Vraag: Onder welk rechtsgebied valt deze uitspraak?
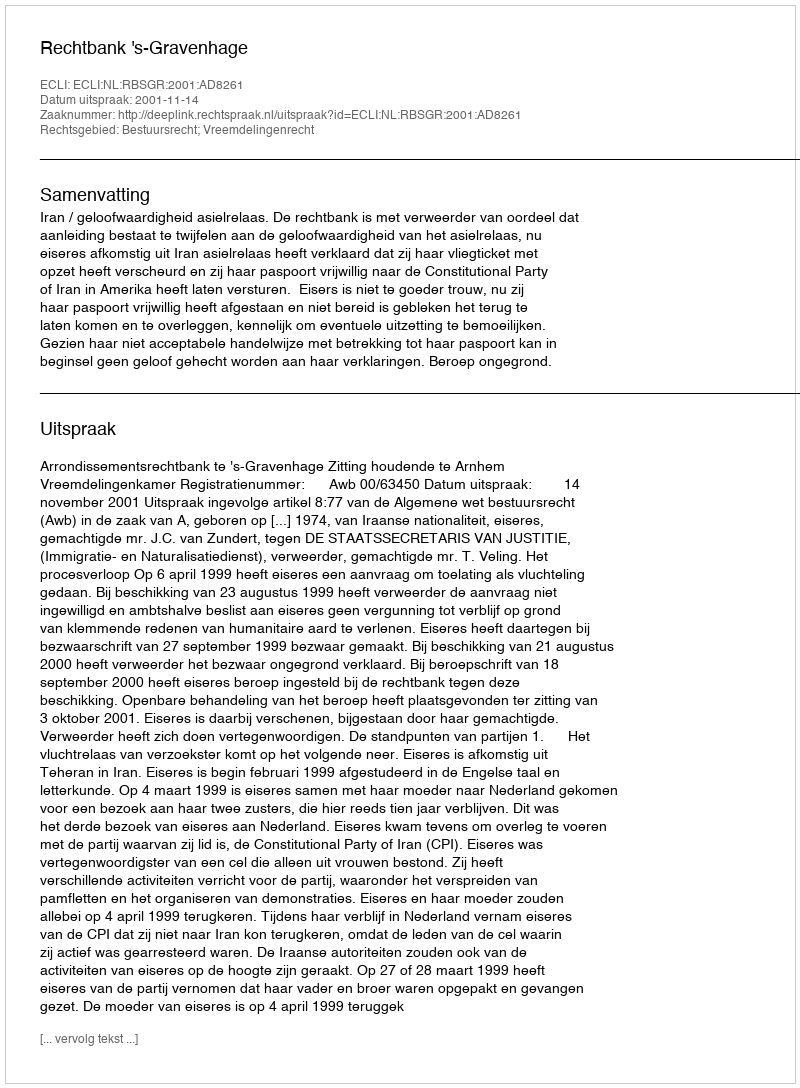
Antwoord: Bestuursrecht; Vreemdelingenrecht